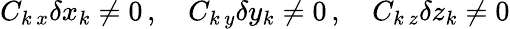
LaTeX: C_{k\, x}\delta x_{k}\neq 0\, ,\quad C_{k\, y}\delta y_{k}\neq 0\, ,\quad C_{k\, z}\delta z_{k}\neq 0